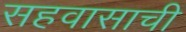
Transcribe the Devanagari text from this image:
सहवासाची